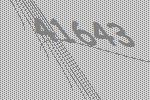
41643